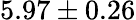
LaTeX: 5.97\pm 0.26